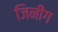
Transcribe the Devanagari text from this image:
जिनींग